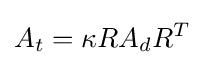
A_{t}=\kappa RA_{d}R^{T}